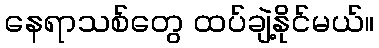
နေရာသစ်တွေ ထပ်ချဲ့နိုင်မယ်။